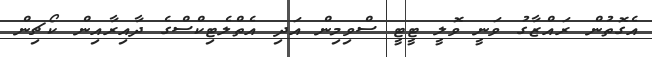
އެގޮތުން ރައްޒާގު ވަނީ ވޮލީ ޓީޓީ ސްވިމިން އަދި އެތްލެޓިކްސްގެ ދާއިރާއިން ކޯޗިން